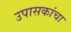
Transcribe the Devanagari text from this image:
उपासकांचा